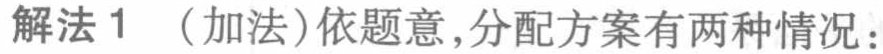
解法 1 （加法）依题意，分配方案有两种情况：